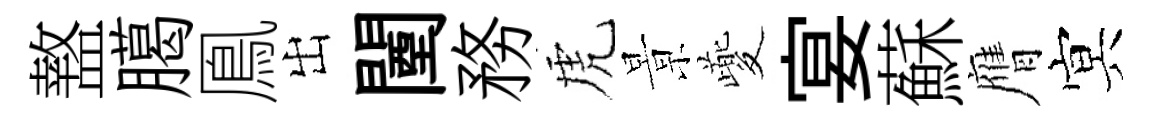
盩臈鳯出闉務虎㬌夔宴蘇膺㝠